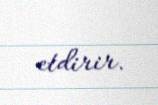
etdirir.